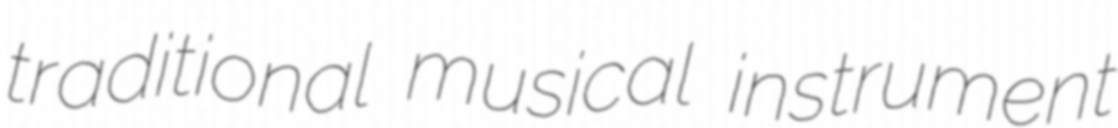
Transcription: traditional musical instrument